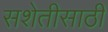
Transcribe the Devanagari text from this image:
सशेतीसाठी